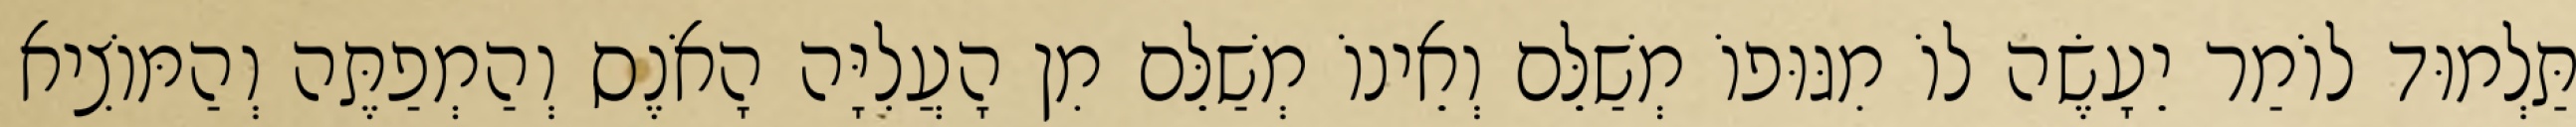
תַּלְמוּד לוֹמַר יֵעָשֶׂה לוֹ מִגּוּפוֹ מְשַׁלֵּם וְאֵינוֹ מְשַׁלֵּם מִן הָעֲלִיָּה הָאֹנֶס וְהַמְפַתֶּה וְהַמּוֹצִיא